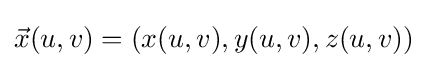
{\vec {x}}(u,v)=(x(u,v),y(u,v),z(u,v))